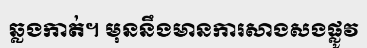
ឆ្លងកាត់។ មុននឹងមានការសាងសងផ្លូវ